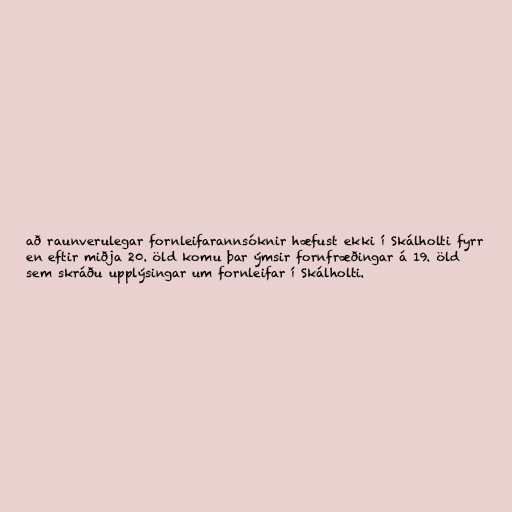
að raunverulegar fornleifarannsóknir hæfust ekki í Skálholti fyrr
en eftir miðja 20. öld komu þar ýmsir fornfræðingar á 19. öld
sem skráðu upplýsingar um fornleifar í Skálholti.